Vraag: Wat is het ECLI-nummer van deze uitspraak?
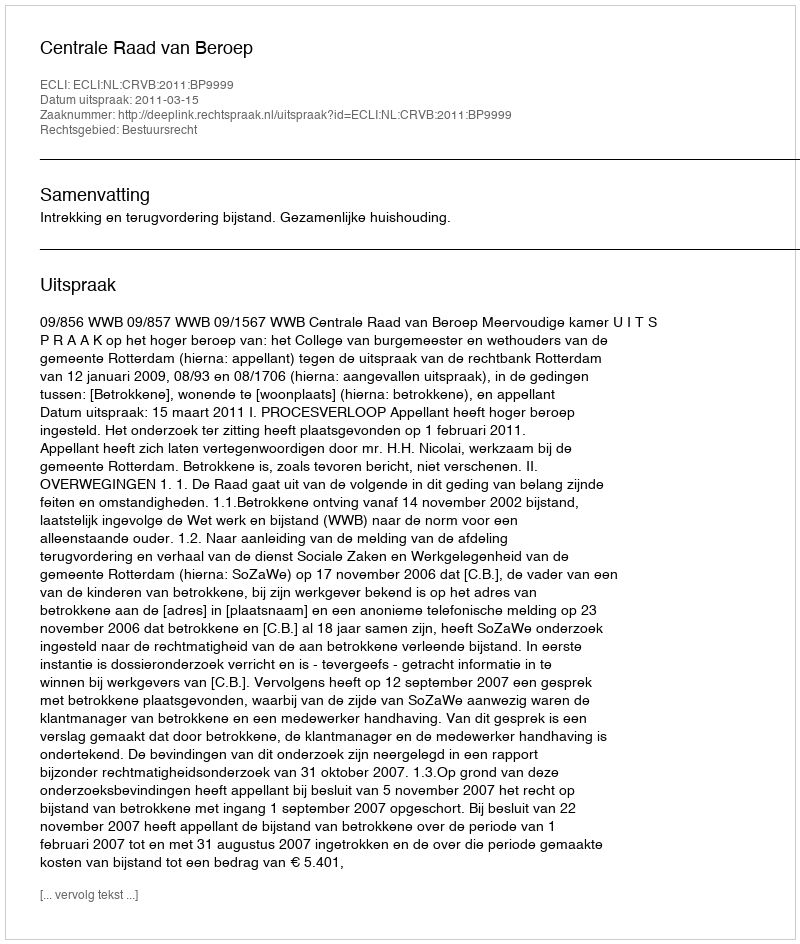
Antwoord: ECLI:NL:CRVB:2011:BP9999